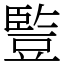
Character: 䜿